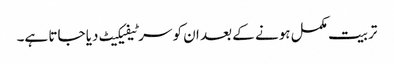
تربیت مکمل ہونے کے بعد ان کو سرٹیفیکیٹ دیا جاتا ہے۔